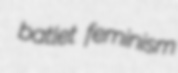
batlet feminism